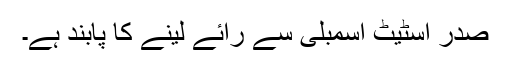
صدر اسٹیٹ اسمبلی سے رائے لینے کا پابند ہے۔